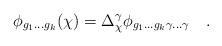
LaTeX: \begin{align*} \phi_{g_1 ... g_k}(\chi) = \Delta_{\chi}^{\gamma} \phi_{g_1 ... g_k \gamma ... \gamma} \quad .\end{align*}